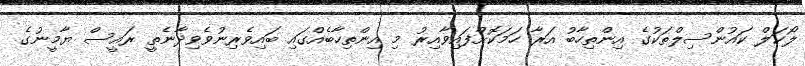
ލޯކަލް ކައުންސިލްތަކުގެ އިންތިހާބު އަރާ ހަމަކޮށްފައިވާއިރު މި އިންތިހާބެއްގައި ބައިވެރިނުވެވިދާނެތީ ރައީސް ޔާމީނުގެ